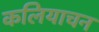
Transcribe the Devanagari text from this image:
कलियाचन